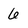
Character: 6